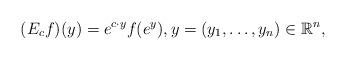
LaTeX: \begin{align*} (E_c f)(y) = e^{c \cdot y} f(e^y), y = (y_1,\ldots,y_n) \in \mathbb R^n, \end{align*}